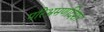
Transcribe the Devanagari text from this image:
परिभ्रमणदिशा